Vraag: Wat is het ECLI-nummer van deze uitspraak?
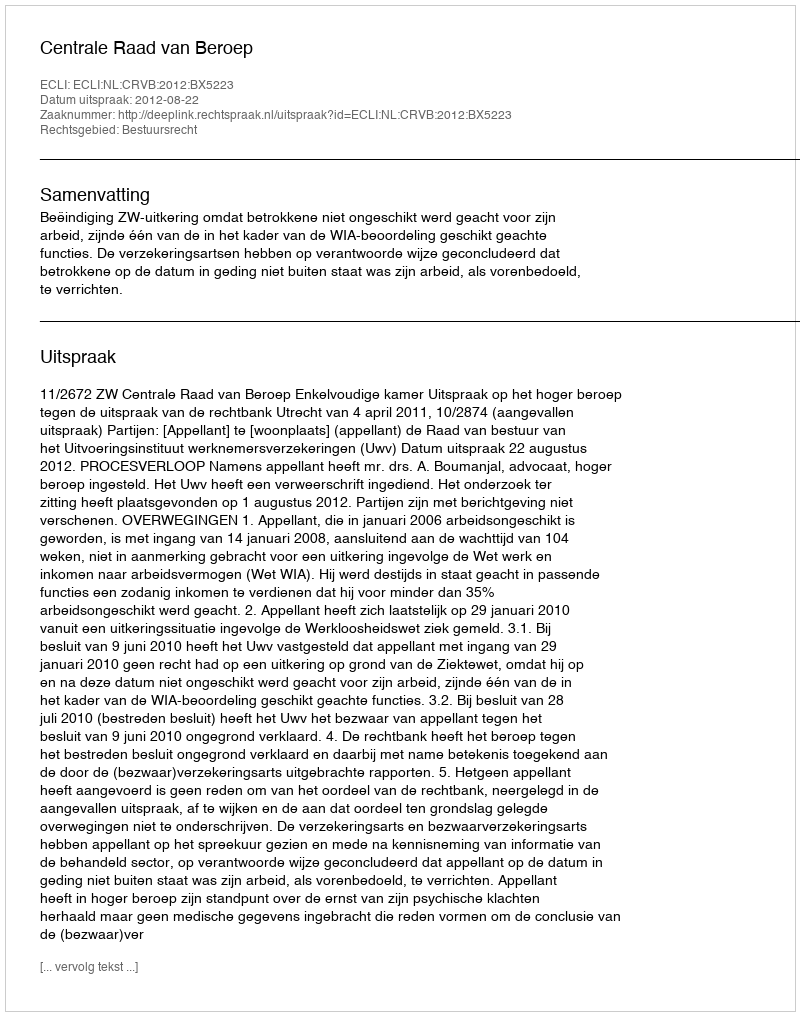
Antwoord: ECLI:NL:CRVB:2012:BX5223